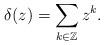
LaTeX: \begin{align*}\delta(z)=\sum_{k\in\mathbb{Z}}z^k.\end{align*}